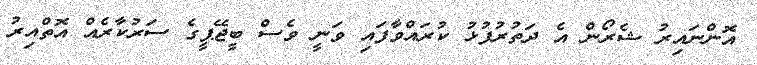
އޮންނައިރު ޝެރޯން އެ ދަތުރުފުޅު ކުރައްވާފައި ވަނީ ވެސް ބީޖޭޕީގެ ސަރުކާރެއް އޮތްއިރު